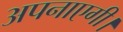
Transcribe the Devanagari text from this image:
अपनाएगी।